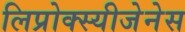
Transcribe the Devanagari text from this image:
लिप्रोक्स्यीजेनेस